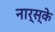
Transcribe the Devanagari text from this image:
नार्स्के